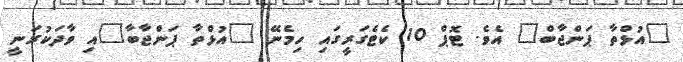
"އުޅްތާ ޕަންޖާބް" އެވެ. ޓޮޕް 10 ކެޓެގަރީގައި ހިމެނޭ "އުޅްތާ ޕަންޖާބާ"އި ވާދަކުރަނީ